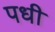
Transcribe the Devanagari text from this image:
पधी